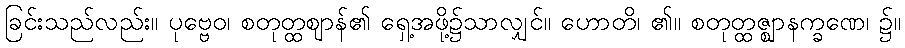
ခြင်းသည်လည်း။ ပုဗ္ဗေဝ၊ စတုတ္ထဈာန်၏ ရှေ့အဖို့၌သာလျှင်။ ဟောတိ၊ ၏။ စတုတ္ထဇ္ဈာနက္ခဏေ၊ ၌။